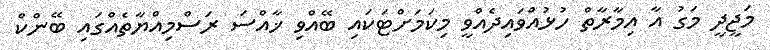
މަޖީދީ މަގު އާ އިމާރާތް ހުޅުއްވައިދެއްވީ މިކަމަށްޓަކައި ބޭއްވި ޚާއްސަ ރަސްމިއްޔާތެއްގައި ބޭންކް